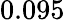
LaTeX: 0.095